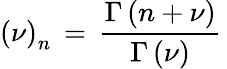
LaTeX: \left(\nu\right)_{n}\, =\, \frac{\Gamma\left(n+\nu\right)}{\Gamma\left(\nu\right)}\,